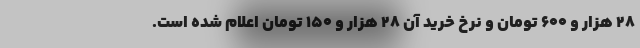
۲۸ هزار و ۶۰۰ تومان و نرخ خرید آن ۲۸ هزار و ۱۵۰ تومان اعلام شده است.